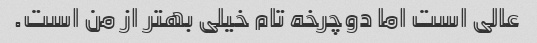
عالی است اما دوچرخه تام خیلی بهتر از من است.